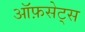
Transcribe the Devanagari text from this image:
ऑफ़सेट्स